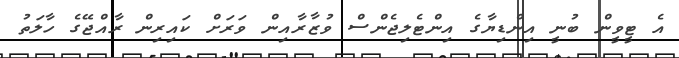
އެ ޓީވީން ބުނީ އިންޑިޔާގެ އިންޓެލިޖެންސް ވުޒާރާއިން ވަރަށް ކައިރިން ރާއްޖޭގެ ހާލަތު